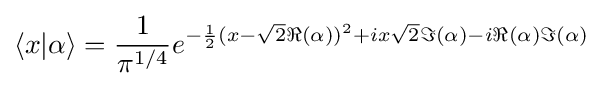
\langle x|\alpha \rangle ={\frac {1}{\pi ^{1/4}}}{e^{-{\frac {1}{2}}{(x-{\sqrt {2}}\Re (\alpha ))^{2}}+ix{\sqrt {2}}\Im (\alpha )-i\Re (\alpha )\Im (\alpha )}}~